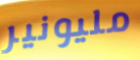
مليونير